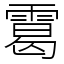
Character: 䨠